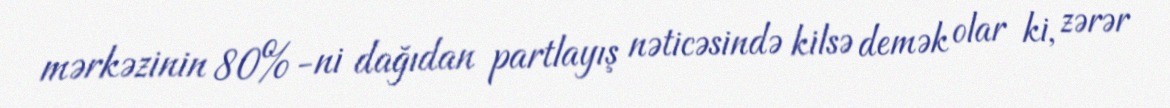
mərkəzinin 80%-ni dağıdan partlayış nəticəsində kilsə demək olar ki, zərər